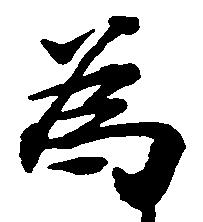
為